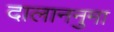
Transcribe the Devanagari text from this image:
दालाननुमा